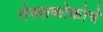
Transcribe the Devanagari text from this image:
तेक्सकोकोचे